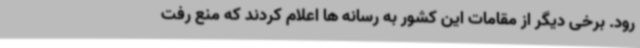
رود. برخی دیگر از مقامات این کشور به رسانه ها اعلام کردند که منع رفت